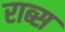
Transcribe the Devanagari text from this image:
राब्स